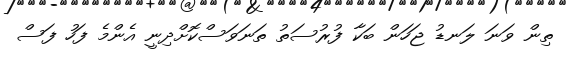
ތިން ވަނަ ލަނޑު ޖަހަން ބަކާ ފުރުސަތު ތަނަވަސްކޮށްދިނީ އެންމެ ފަހު ފަސް